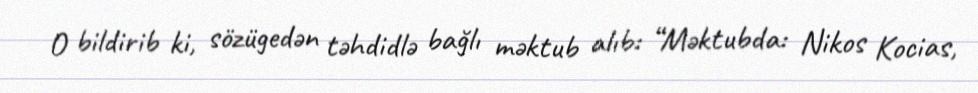
O bildirib ki, sözügedən təhdidlə bağlı məktub alıb: “Məktubda: Nikos Kocias,